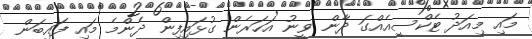
މައި މިއަދު ޓެކްސީއެއްގަ ދާން ވީނު އަހަރެން ގުޅައިފިން ދެންމެ މައި ފައިބަން